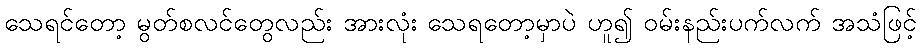
သေရင်တော့ မွတ်စလင်တွေလည်း အားလုံး သေရတော့မှာပဲ ဟူ၍ ဝမ်းနည်းပက်လက် အသံဖြင့်